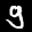
Label: 9